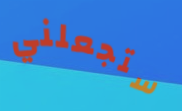
ستجعلني